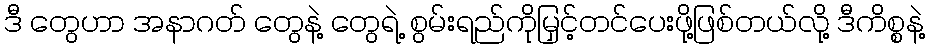
ဒီ တွေဟာ အနာဂတ် တွေနဲ့ တွေရဲ့ စွမ်းရည်ကိုမြှင့်တင်ပေးဖို့ဖြစ်တယ်လို့ ဒီကိစ္စနဲ့